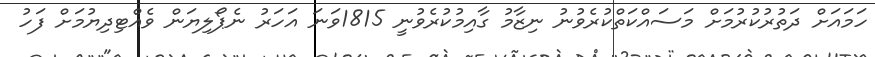
ހަމައަށް ދަތުރުކުރުމަށް މަސައްކަތްކުރެވުނު ނިޒާމު ގާއިމުކުރެވުނީ 1815ވަނަ އަހަރު ނެޕޯލިޔަން ވެއްޓިދިޔުމަށް ފަހު